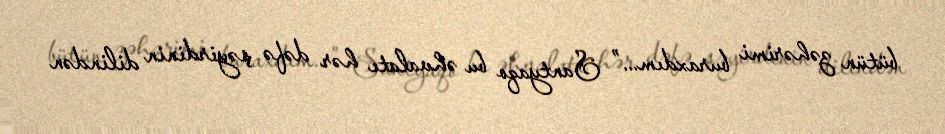
bütün zəhərimi buraxdım...” Santyaqo bu əhvalatı hər dəfə şəyirdinin dilindən